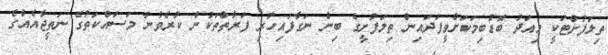
ތިލަފުށްޓަކީ މިއަދު ބޮޑުބިމަކަށްވީފަދައިން ތިލަފުށީގެ ބިން ނަގާފައިހުރި ފަރާތްތަކުން ކުރެވުނު މަސައްކަތުގެ ނަތީޖާއެއްގެ